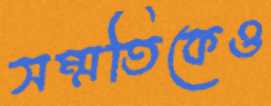
সম্মতিকেও